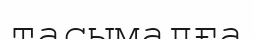
тасымалға